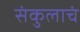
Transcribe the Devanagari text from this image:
संकुलाचं